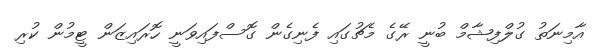
އާމިނަތު ގުލްފިޝާމް ބުނީ ރޭގެ މެޗުގައި ފެނިގެން ގޮސްފައިވަނީ ހޮރައިޒަން ޓީމުން ކުރި